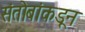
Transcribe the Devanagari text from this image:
संतोबांकडून